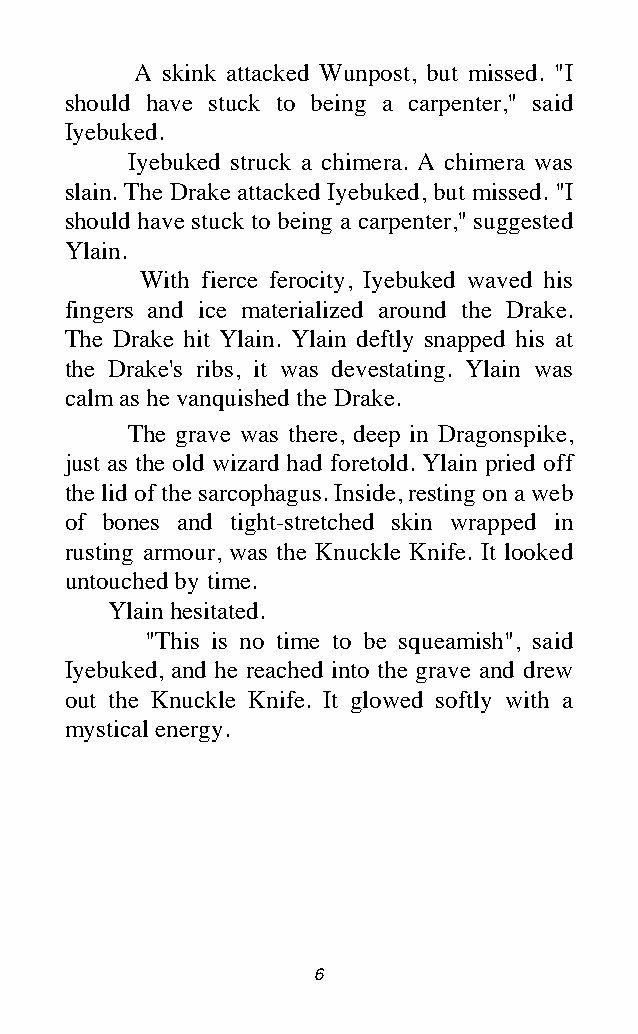
A skink attacked Wunpost, but missed. "I
 should have stuck to being a carpenter," said
 Iyebuked.
 Iyebuked struck a chimera. A chimera was
 slain. The Drake attacked Iyebuked, but missed. "I
 should have stuck to being a carpenter," suggested
 Ylain.
 With fierce ferocity, Iyebuked waved his
 fingers and ice materialized around the Drake.
 The Drake hit Ylain. Ylain deftly snapped his at
 the Drake's ribs, it was devestating. Ylain was
 calm as he vanquished the Drake.
 The grave was there, deep in Dragonspike,
 just as the old wizard had foretold. Ylain pried off
 the lid of the sarcophagus. Inside, resting on a web
 of bones and tight-stretched skin wrapped in
 rusting armour, was the Knuckle Knife. It looked
 untouched by time.
 Ylain hesitated.
 "This is no time to be squeamish", said
 Iyebuked, and he reached into the grave and drew
 out the Knuckle Knife. It glowed softly with a
 mystical energy.
 6